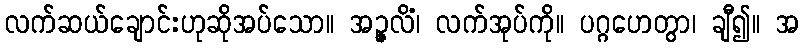
လက်ဆယ်ချောင်းဟုဆိုအပ်သော။ အဉ္ဇလိံ၊ လက်အုပ်ကို။ ပဂ္ဂဟေတွာ၊ ချီ၍။ အ